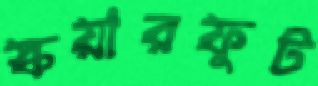
স্কয়ারফুট